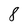
Character: 8